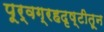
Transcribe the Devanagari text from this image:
पूर्वग्रहदृष्टीतून